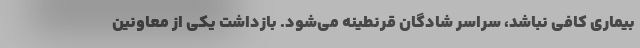
بیماری کافی نباشد، سراسر شادگان قرنطینه می‌شود. بازداشت یکی از معاونین